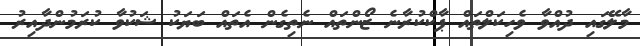
މާލޭގައި ދުއްވާ ވެހިކަލްތައް ޕާކްކުރާނެ ޒޯންތައް ނެތިގެން އެތައް ބަޔަކު ޝަކުވާ ކުރަމުންދާއިރު